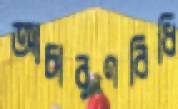
আচারণবিধি